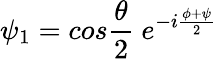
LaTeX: \psi_{1}=cos\frac{\theta}{2}~e^{-i\frac{\phi+\psi}{2}}